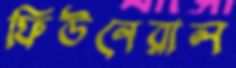
ফিউনেরাল